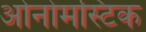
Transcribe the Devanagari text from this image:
ओनोमस्टिक